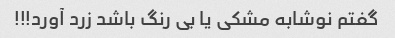
گفتم نوشابه مشکی یا بی رنگ باشد زرد آورد!!!